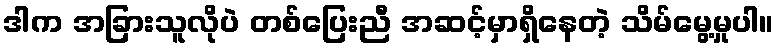
ဒါက အခြားသူလိုပဲ တစ်ပြေးညီ အဆင့်မှာရှိနေတဲ့ သိမ်မွေ့မှုပါ။